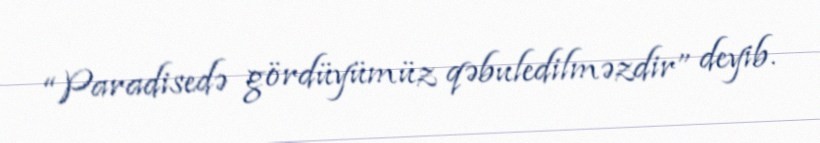
“Paradisedə gördüyümüz qəbuledilməzdir” deyib.